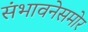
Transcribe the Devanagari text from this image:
संभावनेसमोर